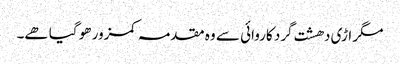
مگر اڑی دھشت گرد کاروائی سے وہ مقدمہ کمزور ھو گیا ھے۔